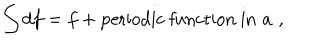
\int d f = f + \mathrm { p e r i o d i c ~ f u n c t i o n ~ i n } \, \, a \, \, ,